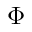
\Phi